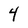
Character: 4